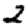
Digit: 2